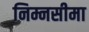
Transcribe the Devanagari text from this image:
निम्नसीमा